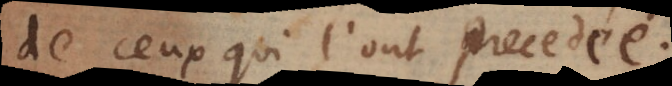
de ceux qui l’ont precedée.